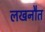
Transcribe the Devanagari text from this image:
लखनौत